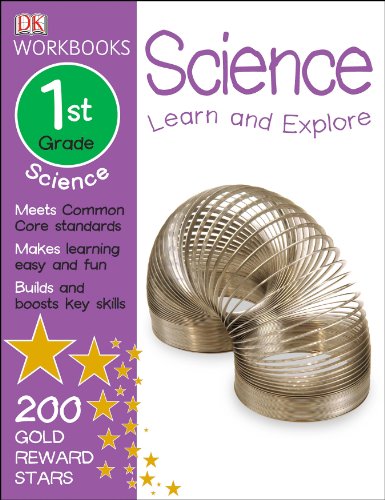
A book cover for DK Workbooks: Science, First Grade; DK Publishing; Children's Books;